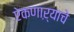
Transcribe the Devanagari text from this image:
ऐकणाऱ्याचे